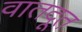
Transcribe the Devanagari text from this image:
वातदूत